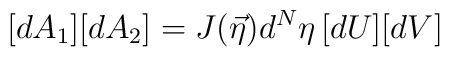
[dA_1 ][dA_2 ] = J(\vec{\eta } ) d^N \eta \, [dU][dV]